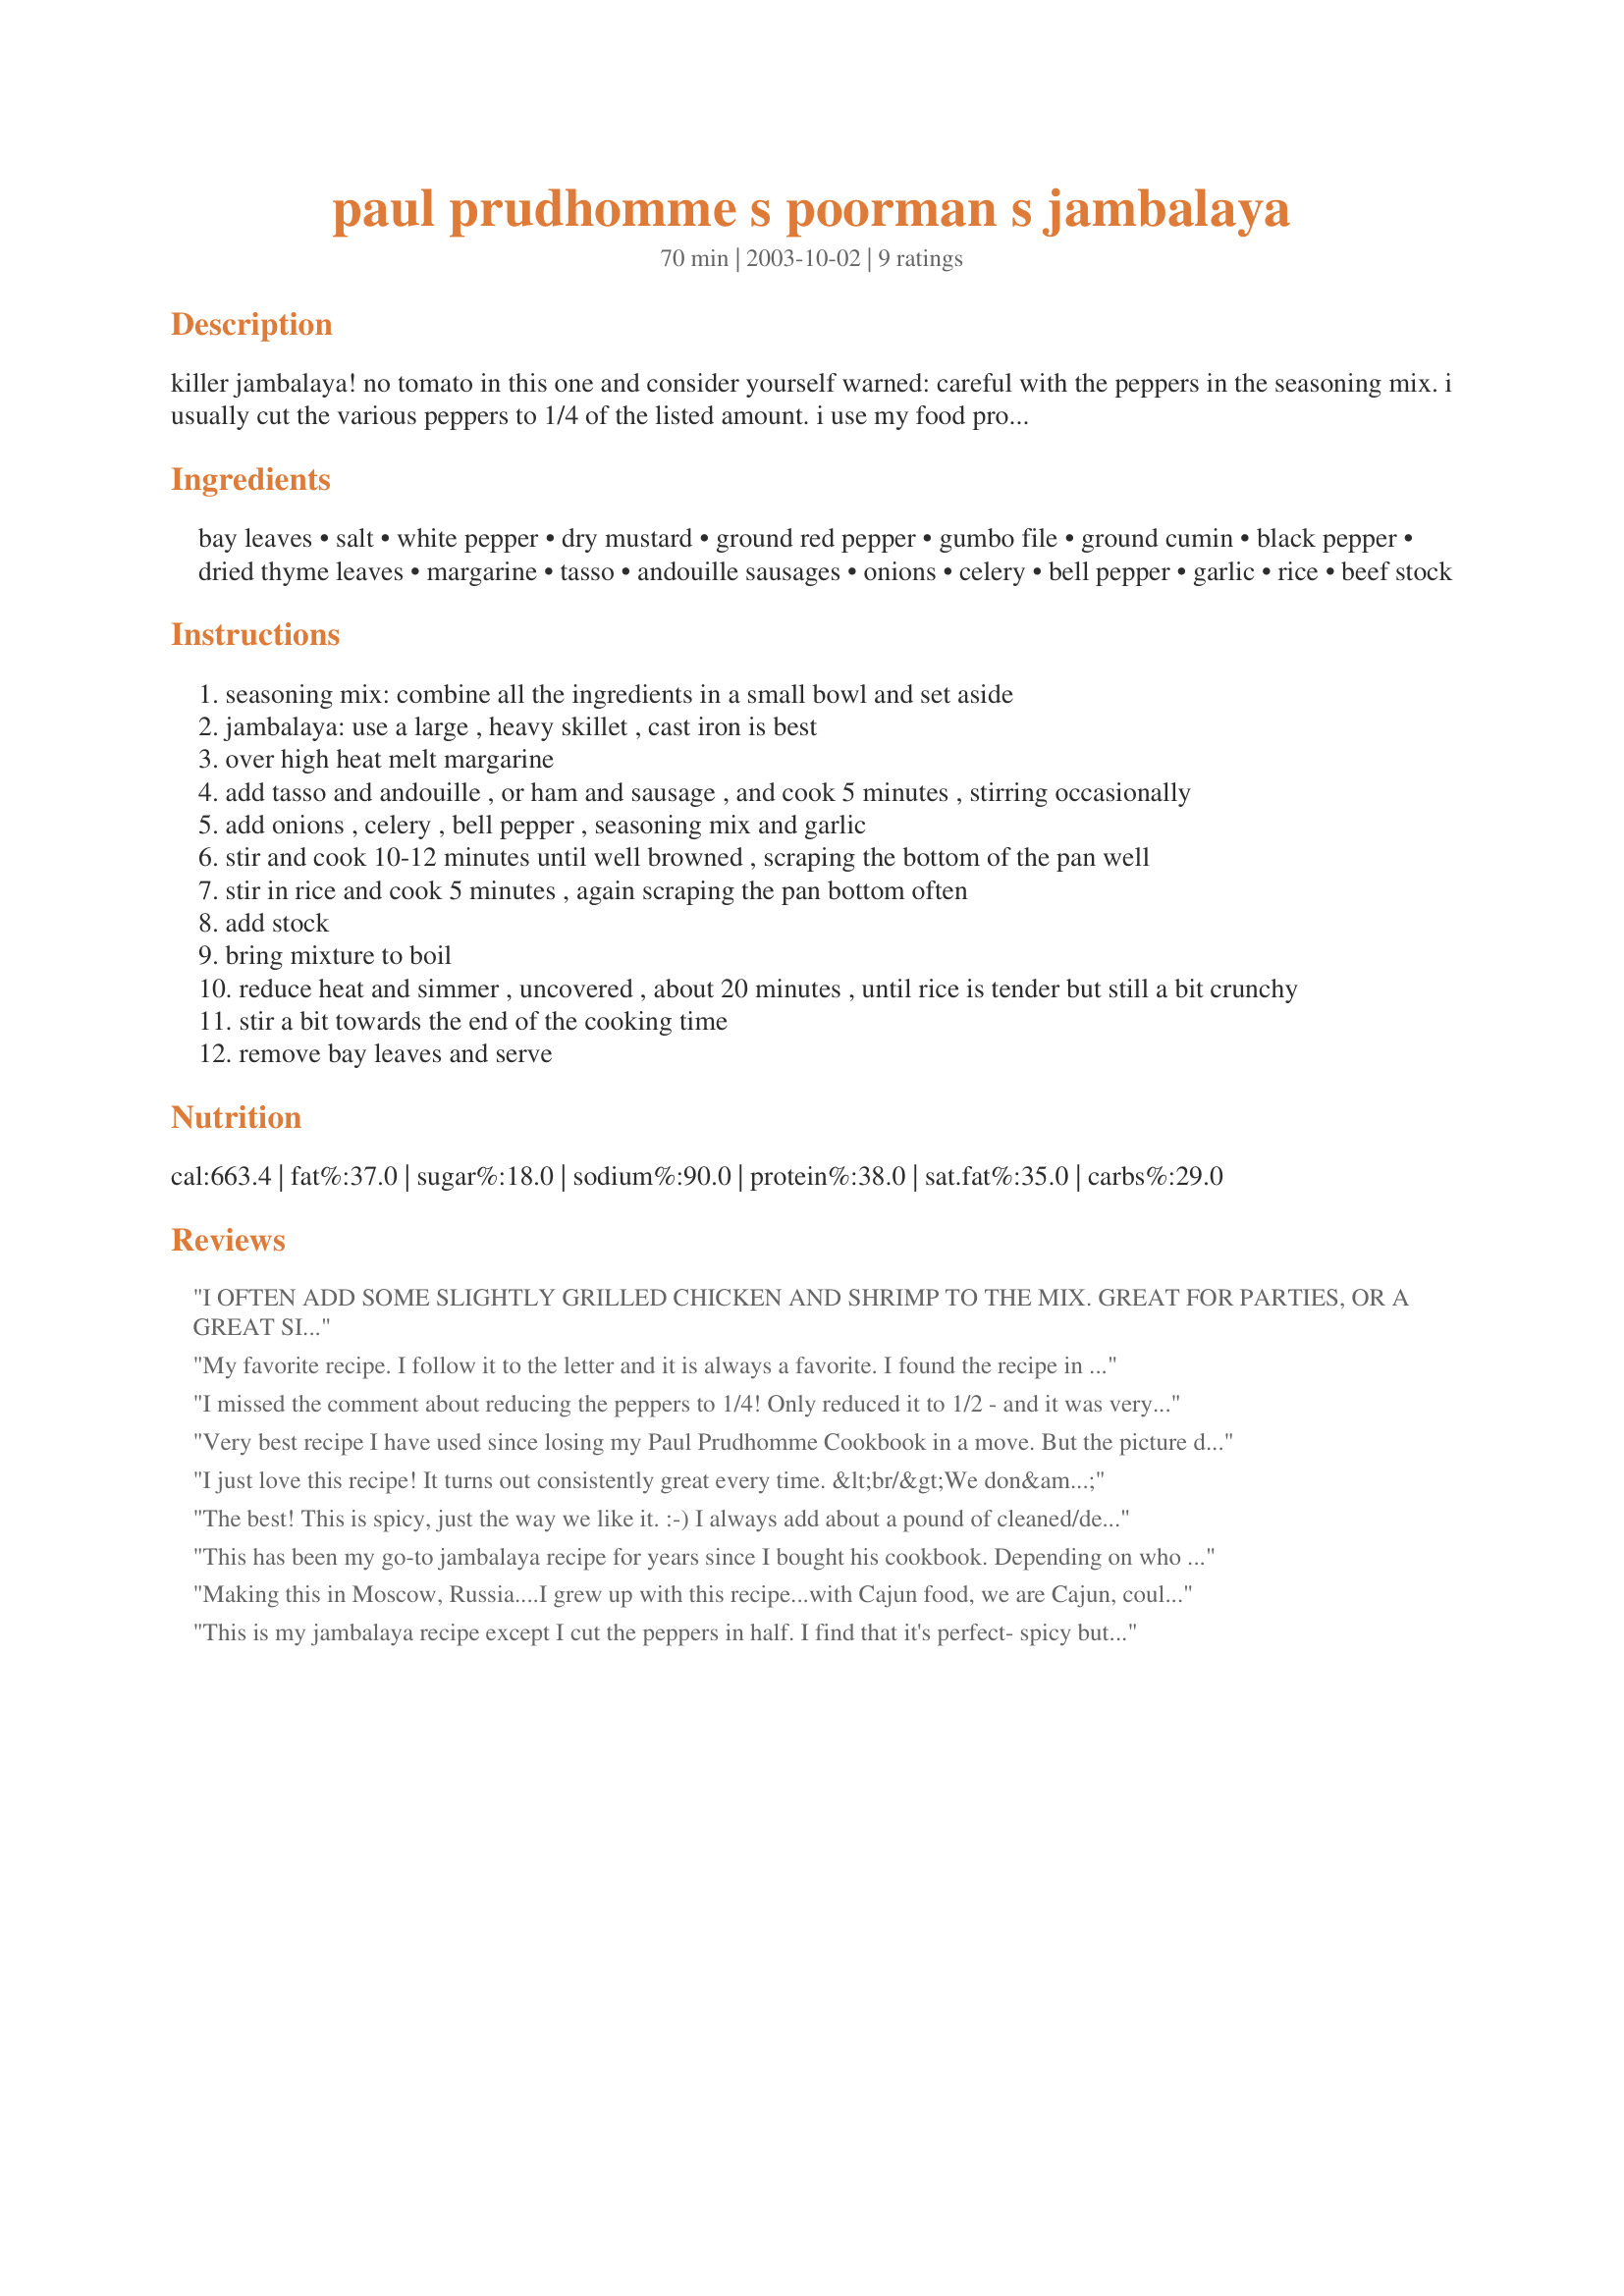
paul prudhomme s poorman s jambalaya
Preparation time: 70 minutes

killer jambalaya! no tomato in this one and consider yourself warned: careful with the peppers in the seasoning mix. i usually cut the various peppers to 1/4 of the listed amount. i use my food processor to chop the vegetables. do them separately to get them the right size. have all the ingredients prepped and ready before you begin cooking because if you don't pay attention, you'll burn it. make every effort to use homemade stock or sodium-free stock. this is soooo good and sooo worth the effort.

Ingredients:
bay leaves, salt, white pepper, dry mustard, ground red pepper, gumbo file, ground cumin, black pepper, dried thyme leaves, margarine, tasso, andouille sausages, onions, celery, bell pepper, garlic, rice, beef stock

Steps:
seasoning mix: combine all the ingredients in a small bowl and set aside
jambalaya: use a large , heavy skillet , cast iron is best
over high heat melt margarine
add tasso and andouille , or ham and sausage , and cook 5 minutes , stirring occasionally
add onions , celery , bell pepper , seasoning mix and garlic
stir and cook 10-12 minutes until well browned , scraping the bottom of the pan well
stir in rice and cook 5 minutes , again scraping the pan bottom often
add stock
bring mixture to boil
reduce heat and simmer , uncovered , about 20 minutes , until rice is tender but still a bit crunchy
stir a bit towards the end of the cooking time
remove bay leaves and serve

Reviews:
I OFTEN ADD SOME SLIGHTLY GRILLED CHICKEN AND SHRIMP TO THE MIX. GREAT FOR PARTIES, OR A GREAT SIT DOWN MEAL. ALSO, TRY TO USE ONLY NODINE'S ANDOUILLE.
My favorite recipe. I follow it to the letter and it is always a favorite. I found the recipe in the 80's I do like to make it just before serving it
I missed the comment about reducing the peppers to 1/4! Only reduced it to 1/2 - and it was very spicy! Next time, will reduce to 1/4. And I find I like the tomatoes usually in jambalaya, so will sub for some of the broth in future. But very good, simple jambalaya.
Very best recipe I have used since losing my Paul Prudhomme Cookbook in a move. But the picture does not match the recipe in that it is very obvious that the picture has tomatoes in it. Jambalaya is much better without tomatoes.
I just love this recipe! It turns out consistently great every time. &lt;br/&gt;We don&#039;t reduce the pepper. We like it HOT. &lt;br/&gt;:o)
The best! This is spicy, just the way we like it. :-) I always add about a pound of cleaned/deveined/tails-OFF shrimp. You just can&#039;t go wrong with this one.
This has been my go-to jambalaya recipe for years since I bought his cookbook. Depending on who I make it for, I cut the cayenne by 1/2 or 3/4. I substitute VA country ham for tasso (I can get a package of ham bits at Safeway for cheap that are perfect for this recipe). Also, I cut the broth to 3 1/2 cups which is sufficient to cook the rice, and not have to boil excess off at the end.
Making this in Moscow, Russia....I grew up with this recipe...with Cajun food, we are Cajun, could not find andouille, at all, nothing close to it....so, this is a Russian/Cajun Jambalaya....also, my fince doesnt like too spicy, so half the red pepper, usually I double it and add two tablespoons Tabasco.....
This is my jambalaya recipe except I cut the peppers in half. I find that it's perfect- spicy but still enjoyable. If you can, definitely use file because it adds a lot. I also use a mixture of andouille sausage and shredded chicken. Tasso is hard to find outside of Louisiana, but if I had some, I would definitely use it for this recipe. For the rice, I use half rice half orzo because we prefer pasta to rice. My 1 year old devours this so I end up making it at least once a month. Sometimes if I am pressed for time, I will use a frozen seasonings mix (onions, bell pepper, celery and parsley) and add chopped garlic. It tastes just as good. I cook it in a big pot since I don't have a cast iron skillet, and my mom taught me to let it simmer covered for 20 minutes and it will come out perfectly. Overall, it's one of my family's favorites.
